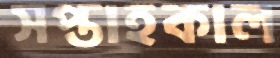
সপ্তাহকাল